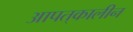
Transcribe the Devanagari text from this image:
आपत्‌कालीन